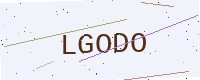
Text: LGODO